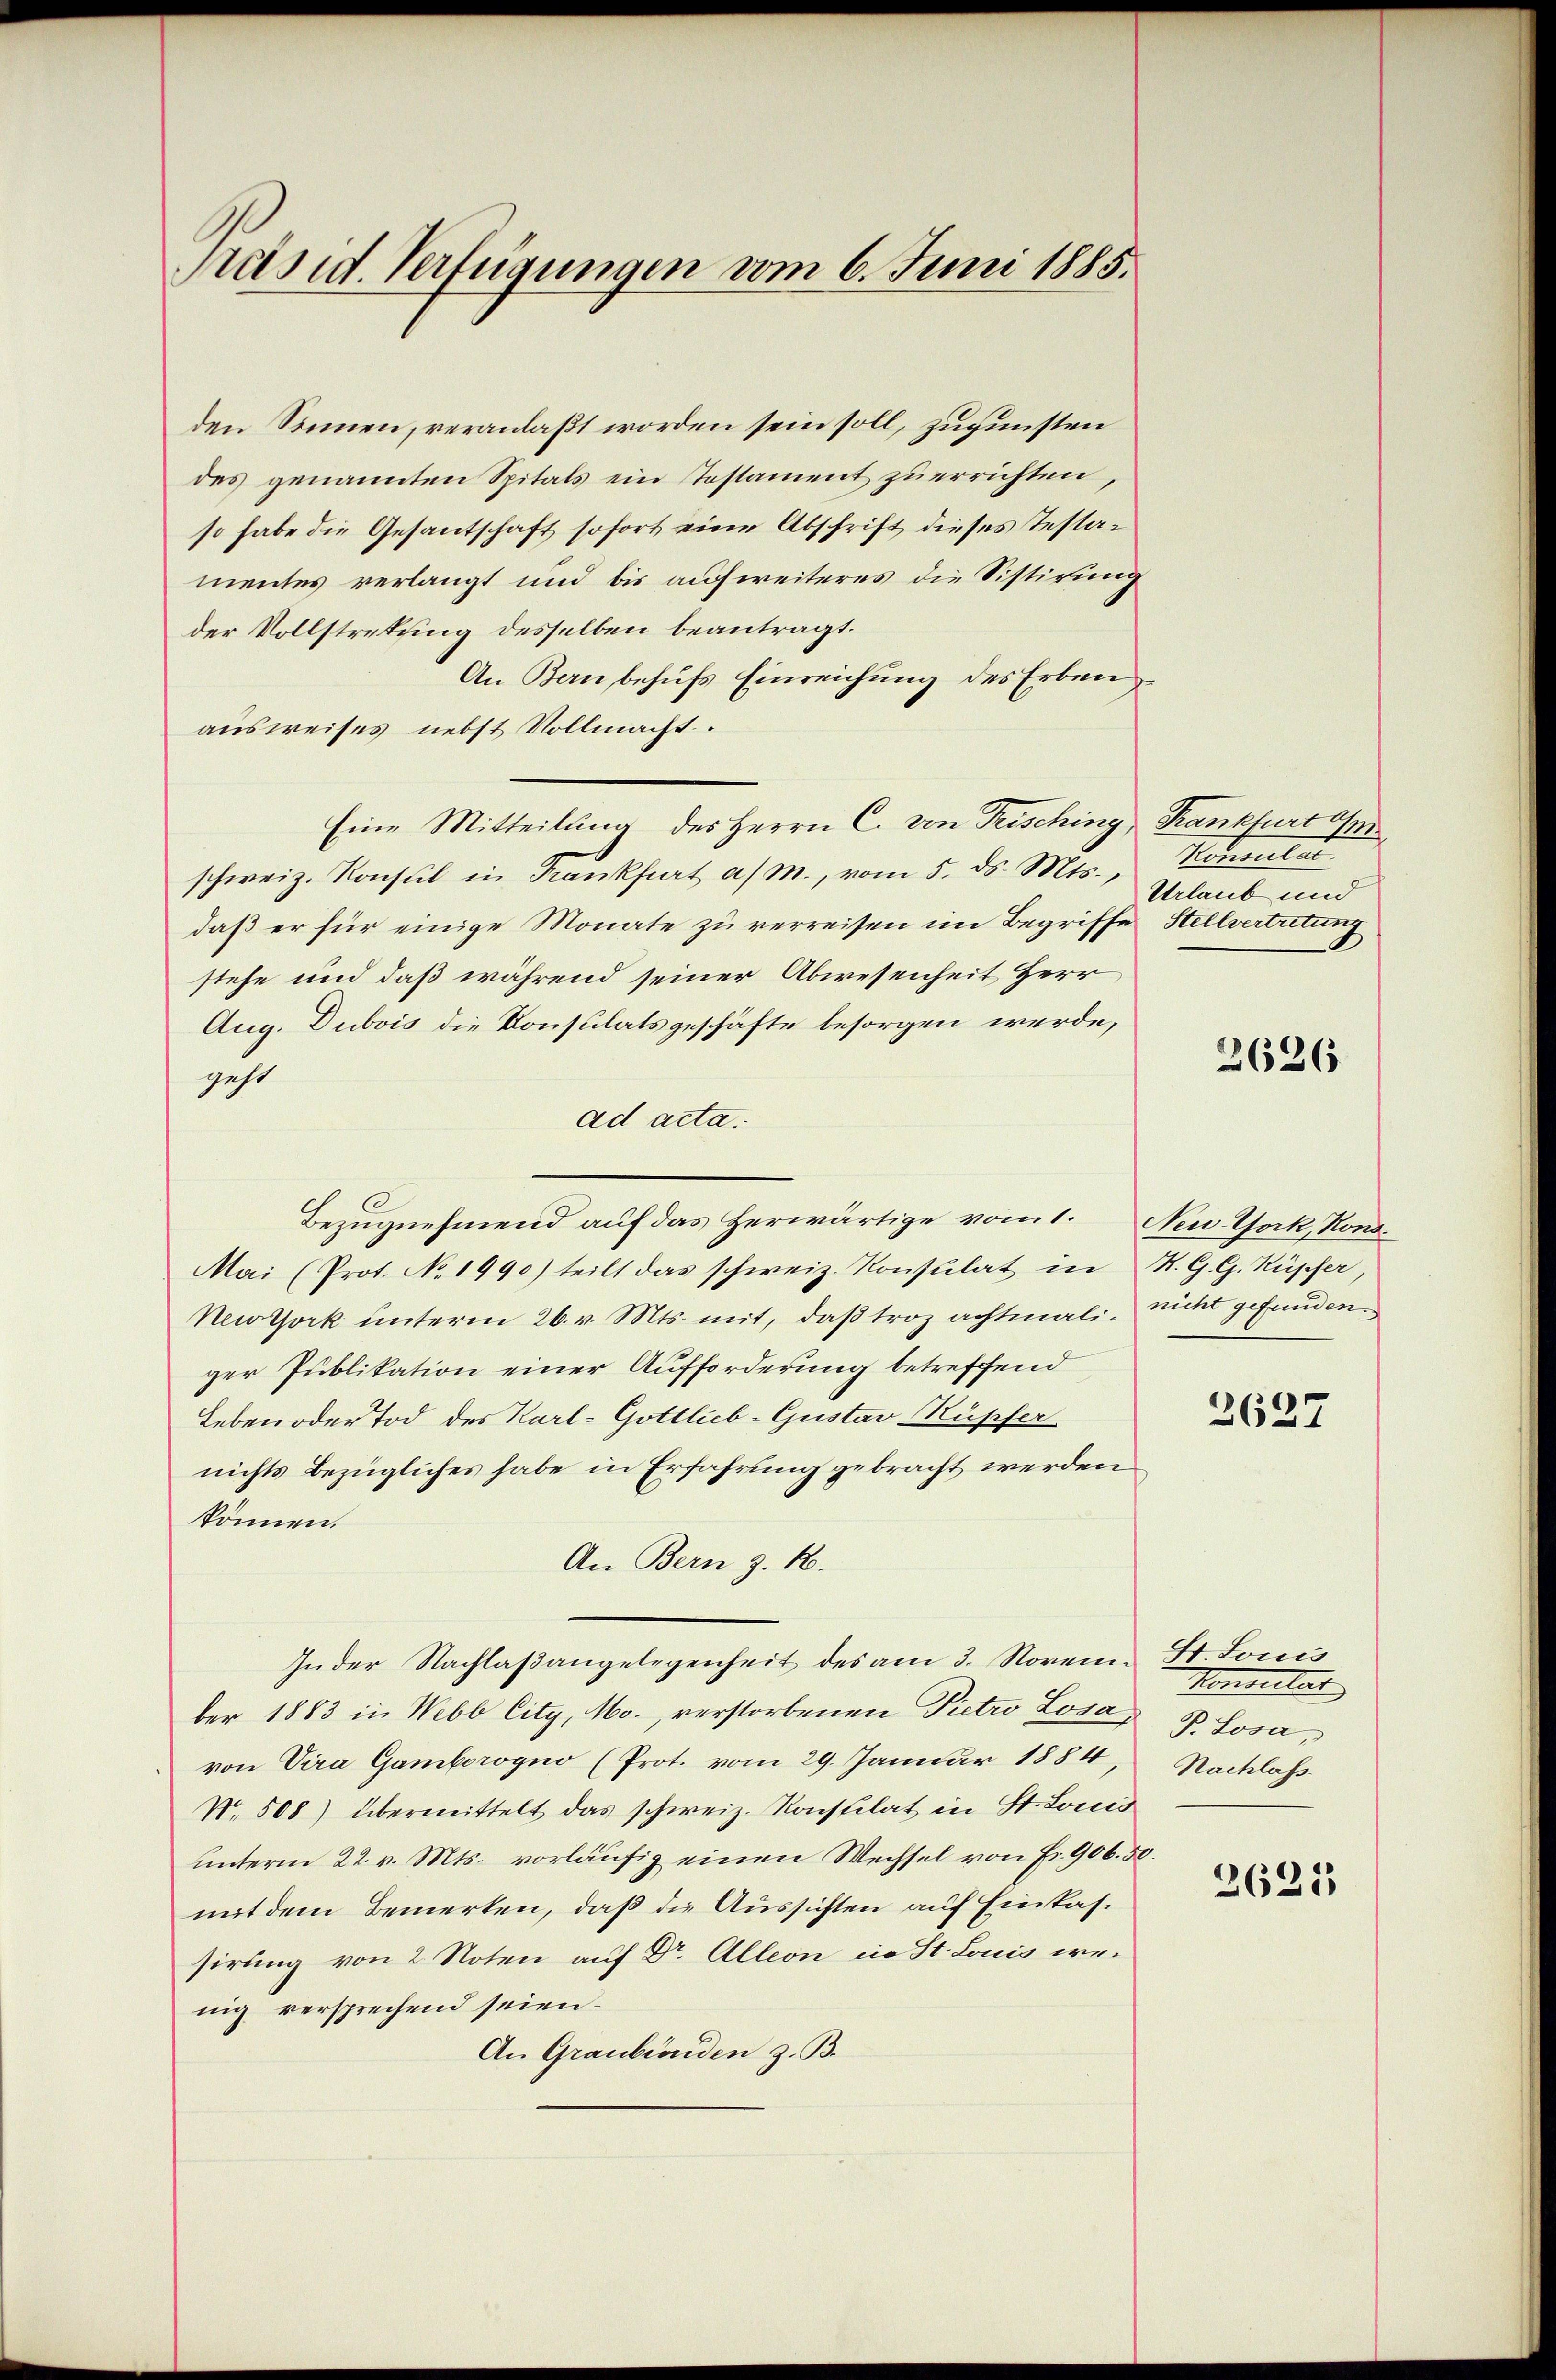
Präsid. Verfügungen vom 6. Juni 1885.

den Sinnen, veranlaßt worden sein soll, zugunsten
des genannten Spitals ein Tostament zu errichten,
so habe die Gesantschaft sofort eine Abschrift dieses Testamentes verlangt und bis aufweiteres die Sistirung
der Vollstretung desselben beantragt.
An Bern behufs Einreichung des Erben
ausweises nebst Vollmacht.
Eine Mitteilung des Herrn C. von Frisching, Krankfurt a/m
schweiz. Konsul in Krankfurt a/M., vom 5. ds. Mts. Konsulardaß er für einige Monate zu verreisen im Begriffe Stellvertretung
stehe und daß während seiner Abwesenheit Herr
Aug. Dubois die Konsulatsgeschäfte besorgen werde,
geht
ad acta.
Bezugnehmend auf das herwärtige vom 1. Neu York, Kons.
Mai (Prot. No. 1990) teilt das schweiz. Konsulat in R. G. G. Küpfer,
New York unterm 26. v. Mts. mit, daß troz achtmali, nicht gefunden
ger Publikation einer Aufforderung betreffend
Leben oder Tod des Karl- Gottlieb-Gustav Rupfer
nichts bezügliches habe in Erfahrung gebracht werden
können.
An Bern z. B.
Guder Nachlaßangelegenheit des am 3. Novem- St. Louis
ber 1883 in Nebb City, Mo., verstorbenen Pietro Losavon Vira Gamborogno (Prot. vom 29. Januar 1884, Nachlass
No. 508) übermittelt das schweiz. Konstilat in St. Louis
unterm 22. v. Mts. vorläŭfig einen Wechsel von Fr. 906. 50.
mit dem Bemerken, daß die Aussichten auf Einkassirung von 2 Noten auf Dr. Alleon in St. Louis wenig versprechend seien.
An Graubünden z. B.

Urlaub und

2626

2627

Honorital
P. Losa,

2625